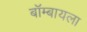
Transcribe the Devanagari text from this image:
बॉम्बायला